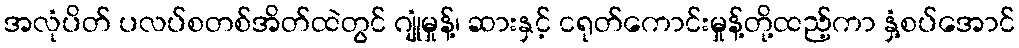
အလုံပိတ် ပလပ်စတစ်အိတ်ထဲတွင် ဂျုံမှုန့်၊ ဆားနှင့် ငရုတ်ကောင်းမှုန့်တို့ထည့်ကာ နှံ့စပ်အောင်